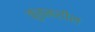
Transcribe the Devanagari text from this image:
कुंचनशील